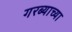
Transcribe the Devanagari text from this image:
गरब्याच्या